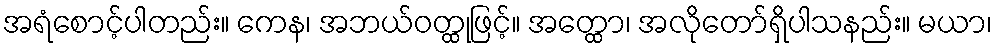
အရံစောင့်ပါတည်း။ ကေန၊ အဘယ်ဝတ္ထုဖြင့်။ အတ္ထော၊ အလိုတော်ရှိပါသနည်း။ မယာ၊